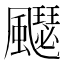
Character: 飋